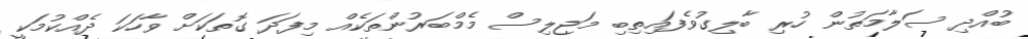
ބުއްދި ސަލާމަތުން ހުރި ބާލިގުވެފައިިތިބި މަޖިލިސް މެމްބަރުންތަކެއް މިފަދަ ގޮތަކަށް ވާހަކަ ދެއްކުމަކީ